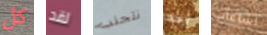
كل لقد نتجنب أحد اشاعات